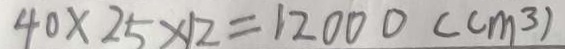
4 0 \times 2 5 \times 1 2 = 1 2 0 0 0 ( c m ^ { 3 } )